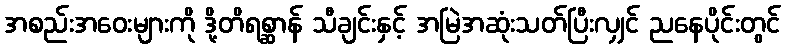
အစည်းအဝေးများကို ဒို့တိရစ္ဆာန် သီချင်းနှင့် အမြဲအဆုံးသတ်ပြီးလျှင် ညနေပိုင်းတွင်